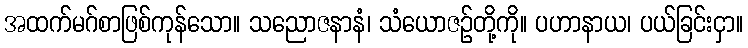
အထက်မဂ်စာဖြစ်ကုန်သော။ သညောဇနာနံ၊ သံယောဇဉ်တို့ကို။ ပဟာနာယ၊ ပယ်ခြင်းငှာ။